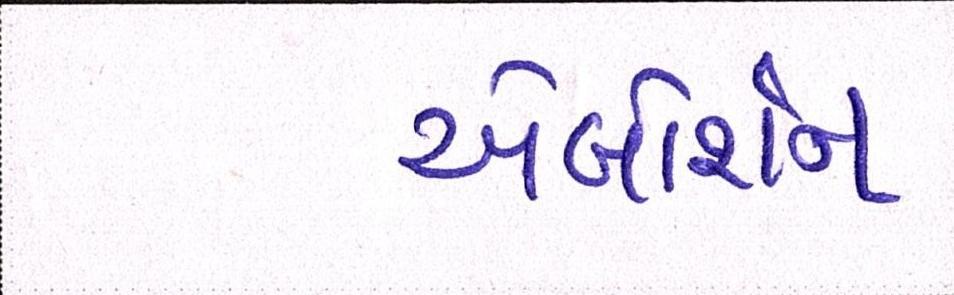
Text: એબોર્શન